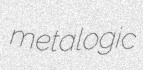
metalogic